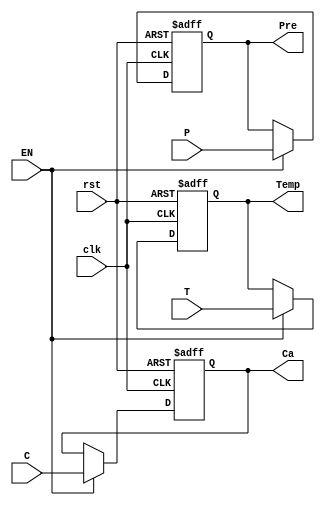
`timescale 1ns / 1ps
//////////////////////////////////////////////////////////////////////////////////
// Company: 
// 
// Design Name: 
// Module Name:    Reg_In 
// Project Name: 
// Target Devices: 
// Tool versions: 
// Description: 
//
// Dependencies: 
//
// Revision: 
// Revision 0.01 - File Created
// Additional Comments: 
//
//////////////////////////////////////////////////////////////////////////////////
//Registro de datos de entrada
module Reg_In(input wire [4:0] T, //Dato de temperatura
		input wire C, //Dato de ignicin (carro encendido u apagago)
		input wire P, //Dato del sensor de precencia
		input wire EN, //Habilitador del registro
		input wire rst, //Reset del registro
		input wire clk,
		output reg [4:0] Temp, //Dato de temperatura guardado en el registro
		output reg Ca, //Dato de ignicin guardado en el registro
		output reg Pre //Dato de presencia guardado en el registro
    );


always @(posedge clk or posedge rst)
begin
	if (rst) begin //Inicializacin de variables con el reset
		Ca <= 1'b0;
		Temp <= 5'b0;
		Pre <= 1'b0;
	end
	else if (EN) begin //Evalua si se le india al registro que debe comenzar a tomar datos
		Ca <= C;
		Temp <= T;
		Pre <= P;
	end
end

endmodule